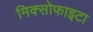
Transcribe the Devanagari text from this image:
मिक्सोफाइटा